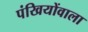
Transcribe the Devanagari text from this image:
पंखियोंवाला